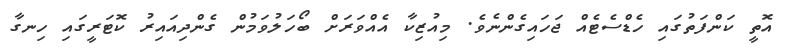
އޮތީ ކަންފަތުގައި ހެޑްސެޓެއް ޖަހައިގެންނެވެ. މިއުޒިކާ އެއްވަރަށް ބޯހަލުވަމުން ގެންދިއައިރު ކޮޓަރީގައި ހިނގާ